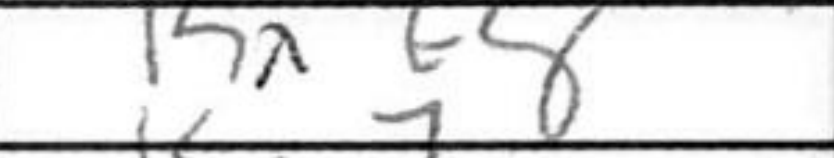
Transcription: Kxf8